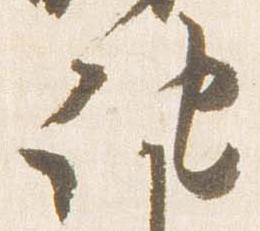
記